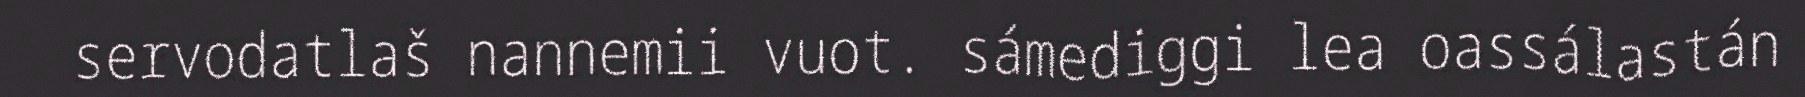
servodatlaš nannemii vuot. sámediggi lea oassálastán